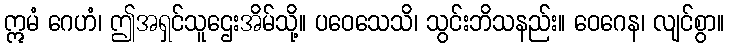
ဣမံ ဂေဟံ၊ ဤအရှင်သူဌေးအိမ်သို့။ ပဝေသေသိ၊ သွင်းဘိသနည်း။ ဝေဂေန၊ လျင်စွာ။